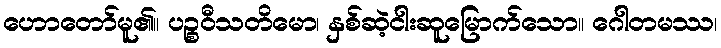
ဟောတော်မူ၏။ ပဉ္စဝီသတိမော၊ နှစ်ဆဲ့ငါးဆူမြောက်သော။ ဂေါတမဿ၊